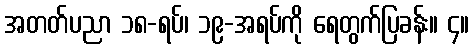
အတတ်ပညာ ၁၈-ရပ်၊ ၁၉-အရပ်ကို ရေတွက်ပြခန်း။ ၄။